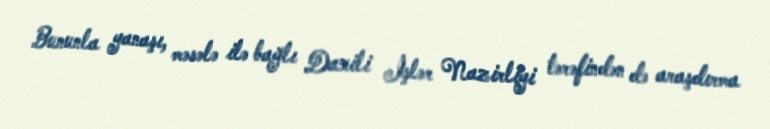
Bununla yanaşı, məsələ ilə bağlı Daxili İşlər Nazirliyi tərəfindən də araşdırma